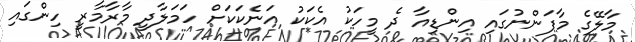
މާލޭގެ މާފަންނުގައި އިންޑިއާ ދެ މީހަކު އެކަކު އަނެކަކަށް ހަމަލާދީ މާރާމާރީ ހިންގައި